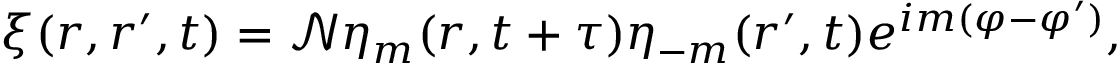
\xi ( \boldsymbol { r } , \boldsymbol { r } ^ { \prime } , t ) = \mathcal { N } \eta _ { m } ( \boldsymbol { r } , t + \tau ) \eta _ { - m } ( \boldsymbol { r } ^ { \prime } , t ) e ^ { i m ( \varphi - \varphi ^ { \prime } ) } ,